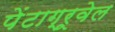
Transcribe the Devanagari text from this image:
पेंटाग्रूवेल